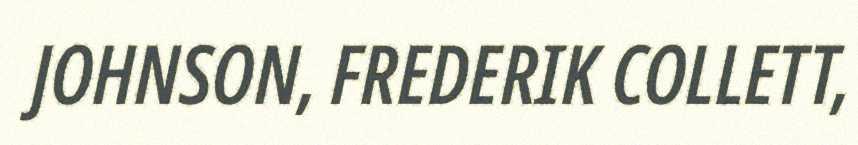
JOHNSON, FREDERIK COLLETT,